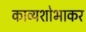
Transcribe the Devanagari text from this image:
काव्यशोभाकर